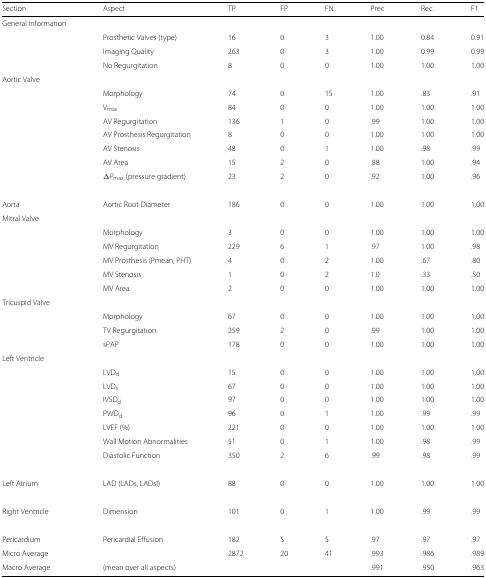
<table><thead><tr><td><b>Section</b></td><td><b>Aspect</b></td><td><b>TP</b></td><td><b>FP</b></td><td><b>FN</b></td><td><b>Prec</b></td><td><b>Rec.</b></td><td><b>F1</b></td></tr></thead><tbody><tr><td>General Information</td><td>[EMPTY_CELL]</td><td>[EMPTY_CELL]</td><td>[EMPTY_CELL]</td><td>[EMPTY_CELL]</td><td>[EMPTY_CELL]</td><td>[EMPTY_CELL]</td><td>[EMPTY_CELL]</td></tr><tr><td>[EMPTY_CELL]</td><td>Prosthetic Valves (type)</td><td>16</td><td>0</td><td>3</td><td>1.00</td><td>0.84</td><td>0.91</td></tr><tr><td>[EMPTY_CELL]</td><td>Imaging Quality</td><td>263</td><td>0</td><td>3</td><td>1.00</td><td>0.99</td><td>0.99</td></tr><tr><td>[EMPTY_CELL]</td><td>No Regurgitation</td><td>8</td><td>0</td><td>0</td><td>1.00</td><td>1.00</td><td>1.00</td></tr><tr><td>Aortic Valve</td><td>[EMPTY_CELL]</td><td>[EMPTY_CELL]</td><td>[EMPTY_CELL]</td><td>[EMPTY_CELL]</td><td>[EMPTY_CELL]</td><td>[EMPTY_CELL]</td><td>[EMPTY_CELL]</td></tr><tr><td>[EMPTY_CELL]</td><td>Morphology</td><td>74</td><td>0</td><td>15</td><td>1.00</td><td>.83</td><td>.91</td></tr><tr><td>[EMPTY_CELL]</td><td>V <sub>max</sub></td><td>84</td><td>0</td><td>0</td><td>1.00</td><td>1.00</td><td>1.00</td></tr><tr><td>[EMPTY_CELL]</td><td>AV Regurgitation</td><td>136</td><td>1</td><td>0</td><td>.99</td><td>1.00</td><td>1.00</td></tr><tr><td>[EMPTY_CELL]</td><td>AV Prosthesis Regurgitation</td><td>8</td><td>0</td><td>0</td><td>1.00</td><td>1.00</td><td>1.00</td></tr><tr><td>[EMPTY_CELL]</td><td>AV Stenosis</td><td>48</td><td>0</td><td>1</td><td>1.00</td><td>.98</td><td>.99</td></tr><tr><td>[EMPTY_CELL]</td><td>AV Area</td><td>15</td><td>2</td><td>0</td><td>.88</td><td>1.00</td><td>.94</td></tr><tr><td>[EMPTY_CELL]</td><td><i>Δ</i><i>P</i><sub>max</sub> (pressure gradient)</td><td>23</td><td>2</td><td>0</td><td>.92</td><td>1.00</td><td>.96</td></tr><tr><td>Aorta</td><td>Aortic Root Diameter</td><td>186</td><td>0</td><td>0</td><td>1.00</td><td>1.00</td><td>1.00</td></tr><tr><td>Mitral Valve</td><td>[EMPTY_CELL]</td><td>[EMPTY_CELL]</td><td>[EMPTY_CELL]</td><td>[EMPTY_CELL]</td><td>[EMPTY_CELL]</td><td>[EMPTY_CELL]</td><td>[EMPTY_CELL]</td></tr><tr><td>[EMPTY_CELL]</td><td>Morphology</td><td>3</td><td>0</td><td>0</td><td>1.00</td><td>1.00</td><td>1.00</td></tr><tr><td>[EMPTY_CELL]</td><td>MV Regurgitation</td><td>229</td><td>6</td><td>1</td><td>.97</td><td>1.00</td><td>.98</td></tr><tr><td>[EMPTY_CELL]</td><td>MV Prosthesis (Pmean, PHT)</td><td>4</td><td>0</td><td>2</td><td>1.00</td><td>.67</td><td>.80</td></tr><tr><td>[EMPTY_CELL]</td><td>MV Stenosis</td><td>1</td><td>0</td><td>2</td><td>1.0</td><td>.33</td><td>.50</td></tr><tr><td>[EMPTY_CELL]</td><td>MV Area</td><td>2</td><td>0</td><td>0</td><td>1.00</td><td>1.00</td><td>1.00</td></tr><tr><td>Tricuspid Valve</td><td>[EMPTY_CELL]</td><td>[EMPTY_CELL]</td><td>[EMPTY_CELL]</td><td>[EMPTY_CELL]</td><td>[EMPTY_CELL]</td><td>[EMPTY_CELL]</td><td>[EMPTY_CELL]</td></tr><tr><td>[EMPTY_CELL]</td><td>Morphology</td><td>67</td><td>0</td><td>0</td><td>1.00</td><td>1.00</td><td>1.00</td></tr><tr><td>[EMPTY_CELL]</td><td>TV Regurgitation</td><td>259</td><td>2</td><td>0</td><td>.99</td><td>1.00</td><td>1.00</td></tr><tr><td>[EMPTY_CELL]</td><td>sPAP</td><td>178</td><td>0</td><td>0</td><td>1.00</td><td>1.00</td><td>1.00</td></tr><tr><td>Left Ventricle</td><td>[EMPTY_CELL]</td><td>[EMPTY_CELL]</td><td>[EMPTY_CELL]</td><td>[EMPTY_CELL]</td><td>[EMPTY_CELL]</td><td>[EMPTY_CELL]</td><td>[EMPTY_CELL]</td></tr><tr><td>[EMPTY_CELL]</td><td>LVD <sub>d</sub></td><td>15</td><td>0</td><td>0</td><td>1.00</td><td>1.00</td><td>1.00</td></tr><tr><td>[EMPTY_CELL]</td><td>LVD <sub>s</sub></td><td>67</td><td>0</td><td>0</td><td>1.00</td><td>1.00</td><td>1.00</td></tr><tr><td>[EMPTY_CELL]</td><td>IVSD <sub>d</sub></td><td>97</td><td>0</td><td>0</td><td>1.00</td><td>1.00</td><td>1.00</td></tr><tr><td>[EMPTY_CELL]</td><td>PWD <sub>d</sub></td><td>96</td><td>0</td><td>1</td><td>1.00</td><td>.99</td><td>.99</td></tr><tr><td>[EMPTY_CELL]</td><td>LVEF (%)</td><td>221</td><td>0</td><td>0</td><td>1.00</td><td>1.00</td><td>1.00</td></tr><tr><td>[EMPTY_CELL]</td><td>Wall Motion Abnormalities</td><td>51</td><td>0</td><td>1</td><td>1.00</td><td>.98</td><td>.99</td></tr><tr><td>[EMPTY_CELL]</td><td>Diastolic Function</td><td>350</td><td>2</td><td>6</td><td>.99</td><td>.98</td><td>.99</td></tr><tr><td>Left Atrium</td><td>LAD (LADs, LADsI)</td><td>88</td><td>0</td><td>0</td><td>1.00</td><td>1.00</td><td>1.00</td></tr><tr><td>Right Ventricle</td><td>Dimension</td><td>101</td><td>0</td><td>1</td><td>1.00</td><td>.99</td><td>.99</td></tr><tr><td>Pericardium</td><td>Pericardial Effusion</td><td>182</td><td>5</td><td>5</td><td>.97</td><td>.97</td><td>.97</td></tr><tr><td>Micro Average</td><td>[EMPTY_CELL]</td><td>2872</td><td>20</td><td>41</td><td>.993</td><td>.986</td><td>.989</td></tr><tr><td>Macro Average</td><td>(mean over all aspects)</td><td>[EMPTY_CELL]</td><td>[EMPTY_CELL]</td><td>[EMPTY_CELL]</td><td>.991</td><td>.950</td><td>.963</td></tr></tbody></table>